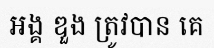
អង្គ ឌួង ត្រូវបាន គេ